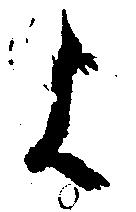
よ